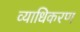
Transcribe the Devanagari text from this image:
व्याधिकरण